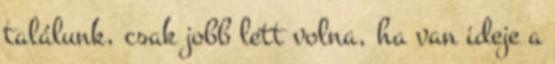
találunk, csak jobb lett volna, ha van ideje a